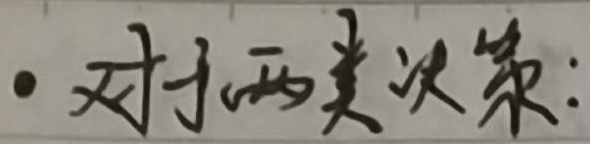
- 对于两类决策: